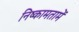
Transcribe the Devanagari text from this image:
निष्कामतामें